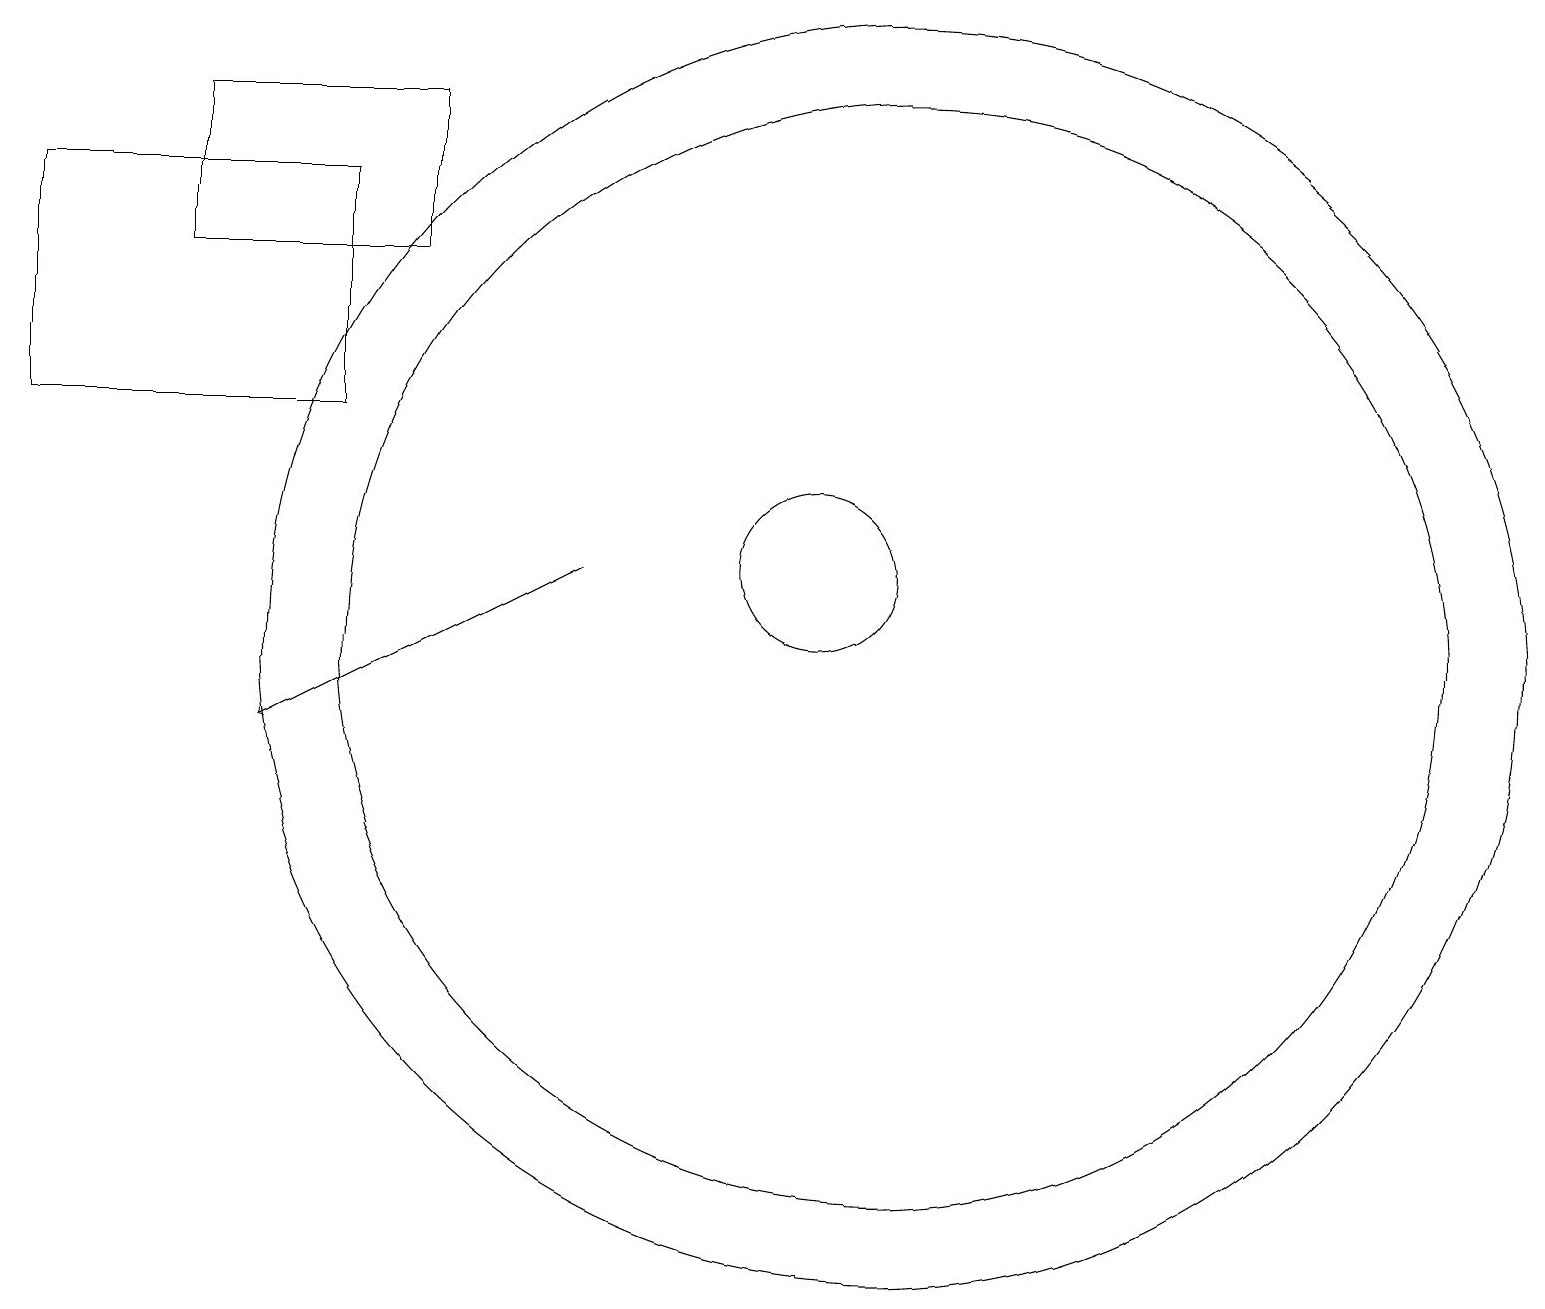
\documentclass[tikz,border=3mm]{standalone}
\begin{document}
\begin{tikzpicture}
\draw (12,11) circle (7);
\draw (11,12) circle (1);
\draw (1,17) rectangle (5,14);
\draw[->] (8,12) -- (4,10);
\draw (12,11) circle (8);
\draw (6,16) rectangle (3,18);
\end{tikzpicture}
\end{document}